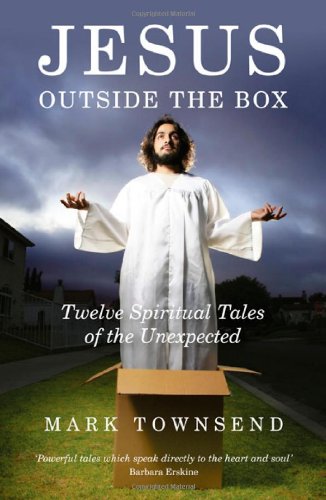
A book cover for Jesus Outside the Box: Twelve Spiritual Tales of the Unexpected; Mark Townsend; Religion & Spirituality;